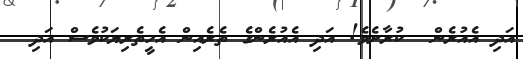
އަދި އެއުރެން  ކުރާށެވެ! އަދި އެއުރެންގެ ތެރެއިން އެހީތެރިޔަކުވެސް އަދި